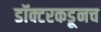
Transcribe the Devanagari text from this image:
डॉक्टरकडूनच